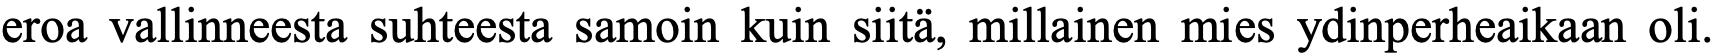
eroa vallinneesta suhteesta samoin kuin siitä, millainen mies ydinperheaikaan oli.